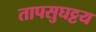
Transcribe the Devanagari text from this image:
तापसुघट्टय